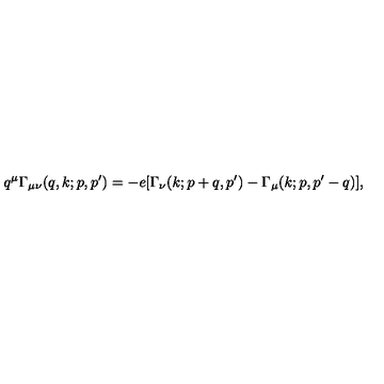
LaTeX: q ^ { \mu } \Gamma _ { \mu \nu } ( q , k ; p , p ^ { \prime } ) = - e [ \Gamma _ { \nu } ( k ; p + q , p ^ { \prime } ) - \Gamma _ { \mu } ( k ; p , p ^ { \prime } - q ) ] ,